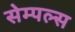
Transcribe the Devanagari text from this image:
सेम्पल्स